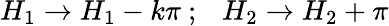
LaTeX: H_{1}\rightarrow H_{1}-k\pi~;~~~H_{2}\rightarrow H_{2}+\pi